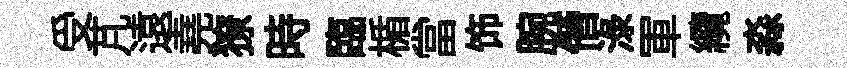
受芃遠堯獠時臨楯當饰腕僭渌軍纜淼